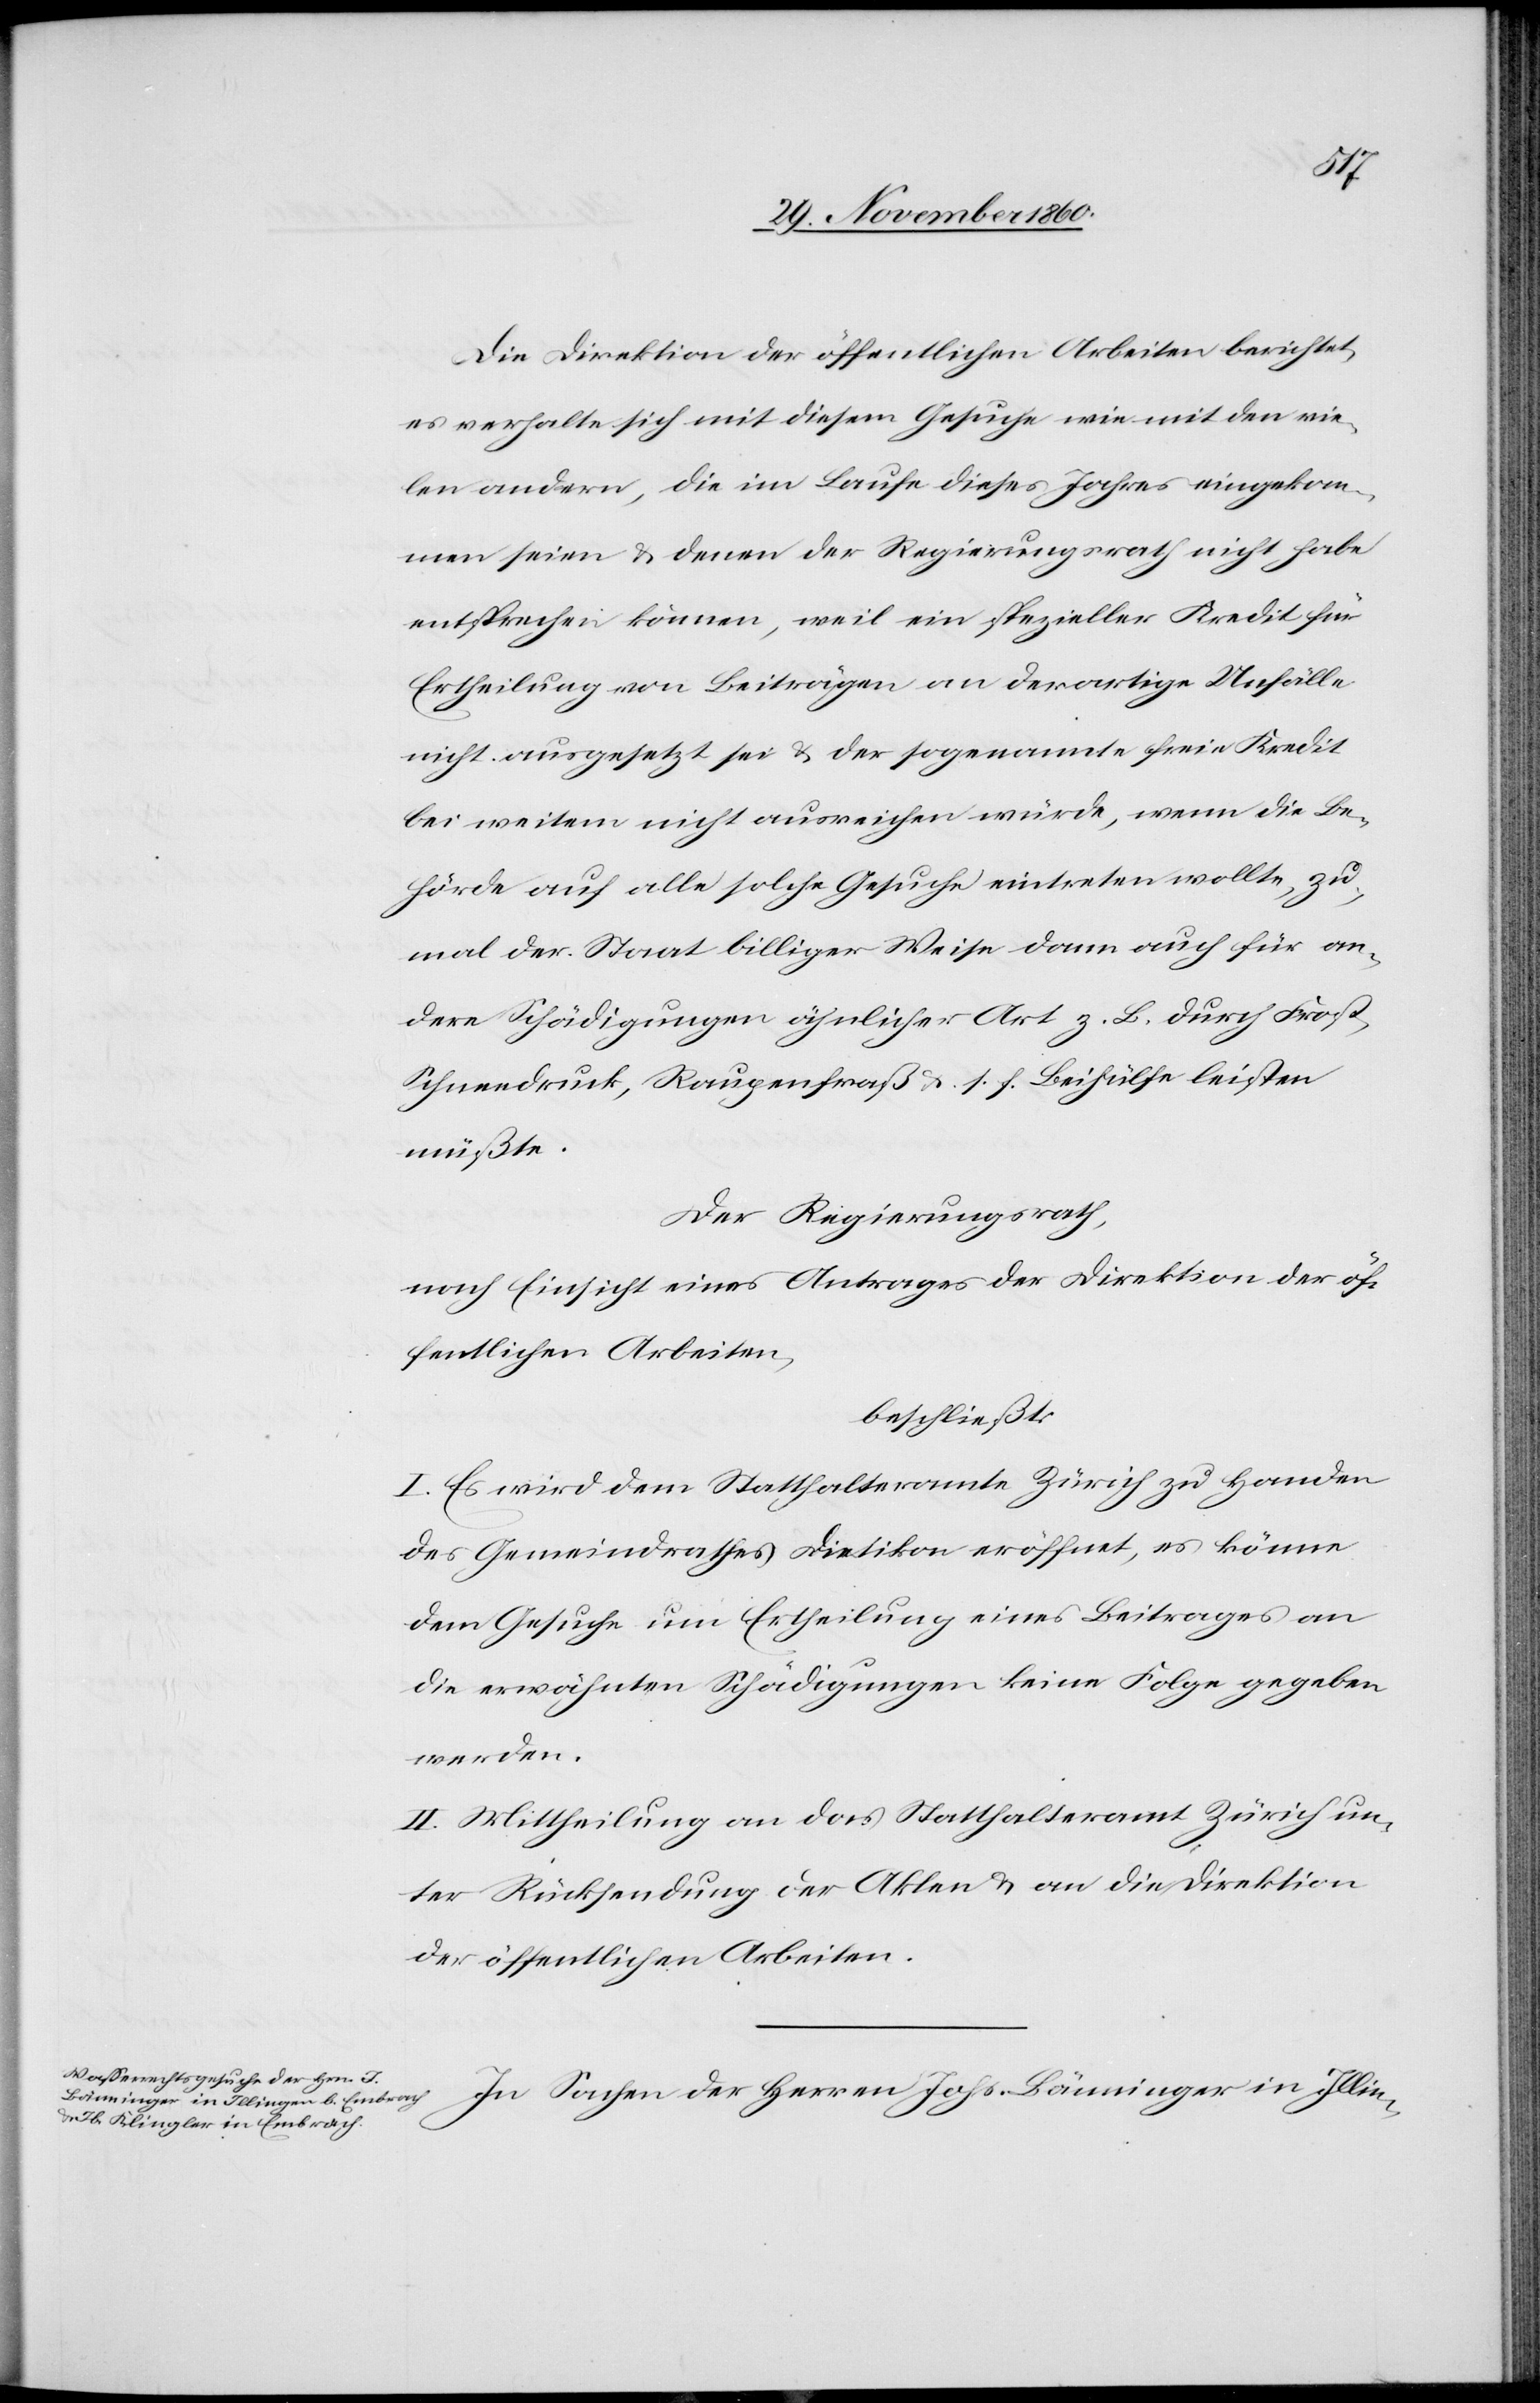
Die Direktion der öffentlichen Arbeiten berichtet,
es verhalte sich mit diesem Gesuche wie mit den vie¬
len andern, die im Laufe dieses Jahres eingenom¬
men seien u. denen der Regierungsrath nicht habe
entsprechen können, weil ein spezieller Kredit für
Ertheilung von Beiträgen an derartige Unfälle
nicht ausgesetzt sei u. der sogenannte freie Kredit
bei weitem nicht ausreichen würde, wenn die Be¬
hörde auf alle solche Gesuche eintreten wollte, zu¬
mal der Staat billiger Weise dann auch für an¬
dere Schädigungen ähnlicher Art z. B. durch Fros¬
t-Schneedruck, Raupenfraß u. s. f. Beihülfe leisten
müßte.
Der Regierungsrath,
nach Einsicht eines Antrages der Direktion der öf¬
fentlichen Arbeiten,
beschließt:
I. Es wird dem Statthalteramte Zürich zu Handen
des Gemeindrathes Dietikon eröffnet, es könne
dem Gesuche um Ertheilung eines Beitrages an
die erwähnten Schädigungen keine Folge gegeben
werden.
II. Mittheilung an das Statthalteramt Zürich un¬
ter Rücksendung der Akten u. an die Direktion
der öffentlichen Arbeiten.
In Sachen der Herren Johs. Bänninger in Illin-